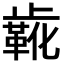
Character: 𬆌